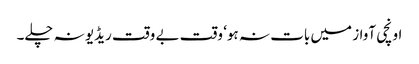
اونچی آواز میں بات نہ ہو‘ وقت بے وقت ریڈیو نہ چلے۔